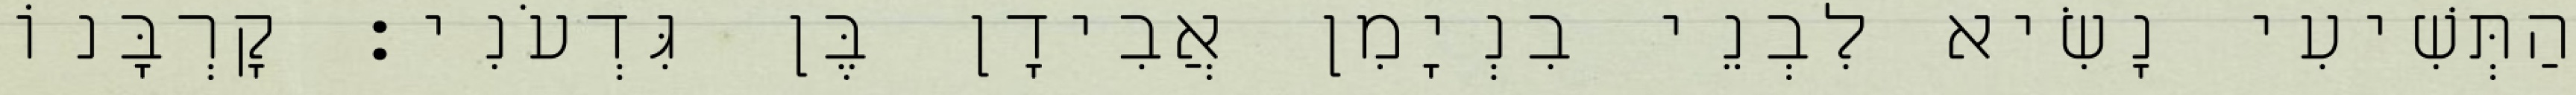
הַתְּשִׁיעִי נָשִׂיא לִבְנֵי בִנְיָמִן אֲבִידָן בֶּן גִּדְעֹנִי׃ קָרְבָּנוֹ